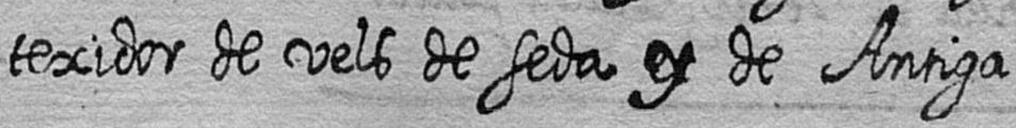
texidor de vels de seda y de Antiga